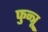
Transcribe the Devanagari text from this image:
फुन्त्रू